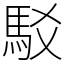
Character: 駁